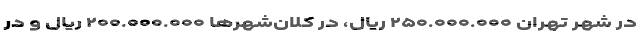
در شهر تهران ۲۵۰.۰۰۰.۰۰۰ ریال، در کلان‌شهر‌ها ۲۰۰.۰۰۰.۰۰۰ ریال و در